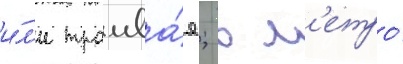
и́л'и трамва́я; в м'етро́